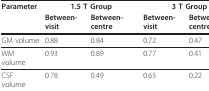
<table><thead><tr><td><b>Parameter</b></td><td colspan="2"><b>1.5 T Group</b></td><td colspan="2"><b>3 T Group</b></td></tr><tr><td></td><td><b>Between-visit</b></td><td><b>Between-centre</b></td><td><b>Between-visit</b></td><td><b>Between-centre</b></td></tr></thead><tbody><tr><td>GM volume</td><td>0.88</td><td>0.84</td><td>0.72</td><td>0.47</td></tr><tr><td>WM volume</td><td>0.93</td><td>0.89</td><td>0.77</td><td>0.41</td></tr><tr><td>CSF volume</td><td>0.78</td><td>0.49</td><td>0.65</td><td>0.22</td></tr></tbody></table>